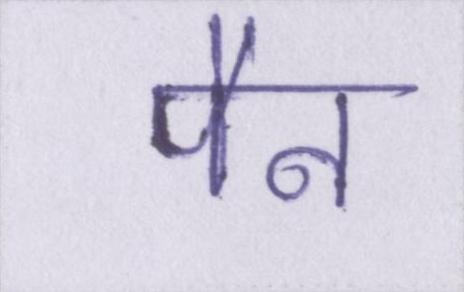
पैन